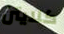
كلايتن